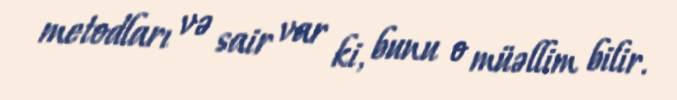
metodları və sair var ki, bunu o müəllim bilir.